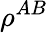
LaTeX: \rho^{AB}